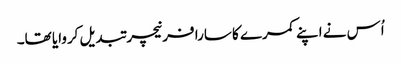
اُس نے اپنے کمرے کا سارا فرنیچر تبدیل کروایا تھا۔